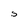
Character: S